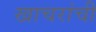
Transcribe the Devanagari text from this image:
खाचरांची